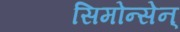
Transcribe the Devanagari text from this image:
सिमोन्सेन्